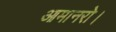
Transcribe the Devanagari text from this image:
आमानरो।